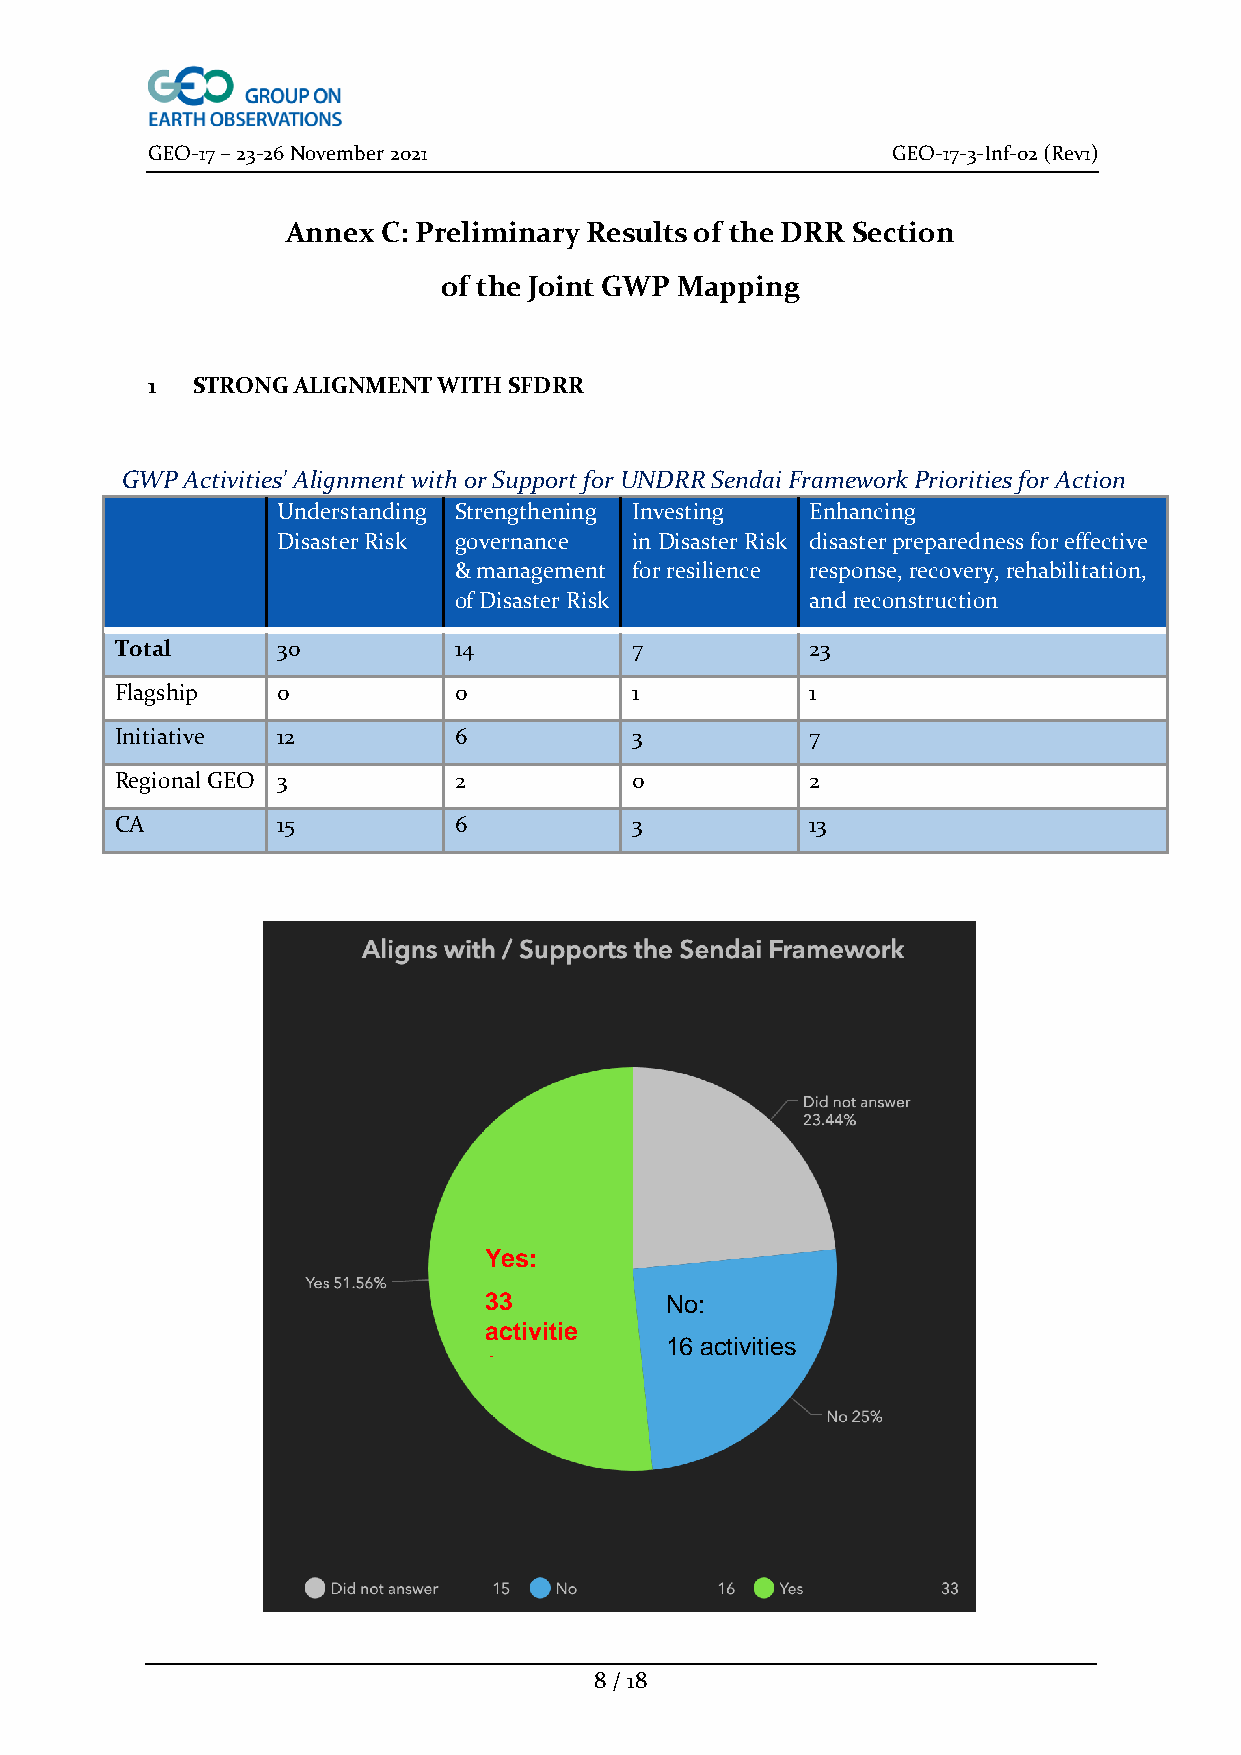
GEO-17 – 23-26 November 2021                     GEO-17-3-Inf-02 (Rev1)
 Annex C: Preliminary Results of the DRR Section
 of the Joint GWP Mapping
 1  STRONG ALIGNMENT WITH SFDRR
 GWP Activities' Alignment with or Support for UNDRR Sendai Framework Priorities for Action
 Understanding Strengthening Investing Enhancing
 Disaster Risk governance in Disaster Risk disaster preparedness for effective
 & management for resilience response, recovery, rehabilitation,
 of Disaster Risk        and reconstruction
 Total     30          14          7           23
 Flagship  0           0           1           1
 Initiative 12         6           3           7
 Regional GEO 3        2           0           2
 CA        15          6           3           13
 Yes:
 33          No:
 activitie
 16 activities
 s
 8 / 18